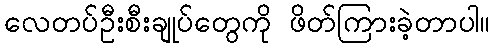
လေတပ်ဦးစီးချုပ်တွေကို ဖိတ်ကြားခဲ့တာပါ။